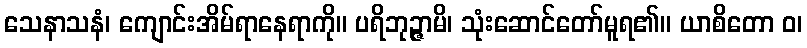
သေနာသနံ၊ ကျောင်းအိမ်ရာနေရာကို။ ပရိဘုဉ္ဇာမိ၊ သုံးဆောင်တော်မူရ၏။ ယာစိတော ဝ၊